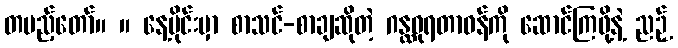
တပည့်တော်။ ။ နေ့ပိုင်းမှာ စာသင်-စာချဆိုတဲ့ ဂန္ထဓုရတာဝန်ကို ဆောင်ကြဖို့နဲ့ ညဉ့်